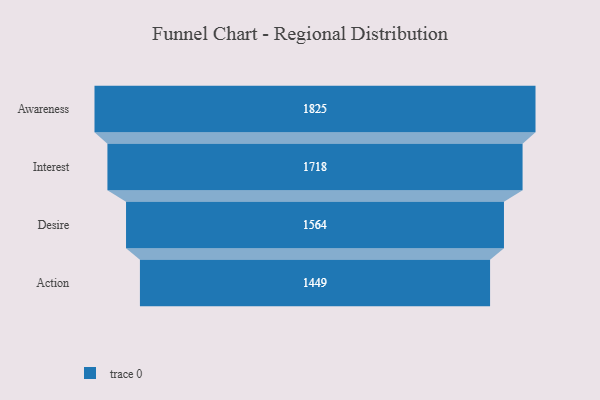
{"axis": {"x": "Stage", "y": "Value"}, "legend": [""], "data": [{"x": "Awareness", "y": 1825.0, "type": ""}, {"x": "Interest", "y": 1718.0, "type": ""}, {"x": "Desire", "y": 1564.0, "type": ""}, {"x": "Action", "y": 1449.0, "type": ""}]}